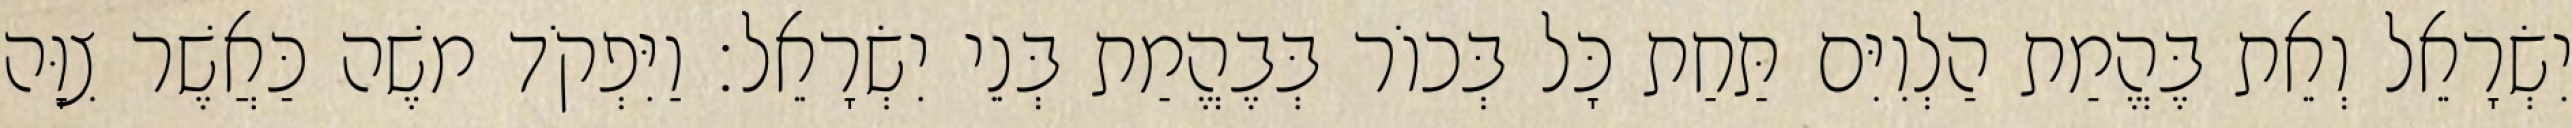
יִשְׂרָאֵל וְאֵת בֶּהֱמַת הַלְוִיִּם תַּחַת כָּל בְּכוֹר בְּבֶהֱמַת בְּנֵי יִשְׂרָאֵל׃ וַיִּפְקֹד משֶׁה כַּאֲשֶׁר צִוָּה